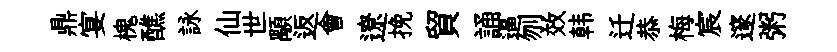
鼎宴槐醮詠仙世顒返會遼挽貿誦逼刎效韩迁恭梅宸邃粥